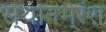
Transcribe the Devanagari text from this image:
स्थानभ्रंश